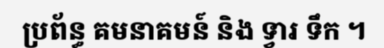
ប្រព័ន្ធ គមនាគមន៍ និង ទ្វារ ទឹក ។